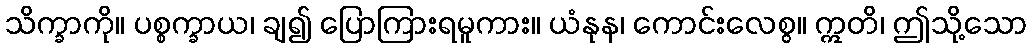
သိက္ခာကို။ ပစ္စက္ခာယ၊ ချ၍ ပြောကြားရမူကား။ ယံနုန၊ ကောင်းလေစွ။ ဣတိ၊ ဤသို့သော